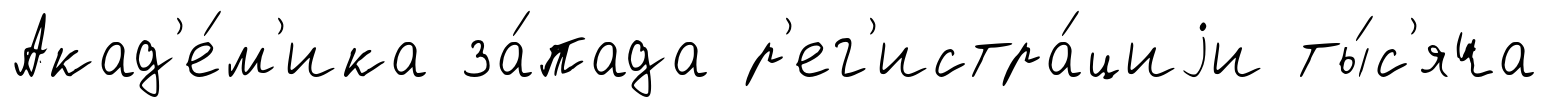
Акад'е́м'ика за́пада р'ег'истра́циjи ты́с'яча